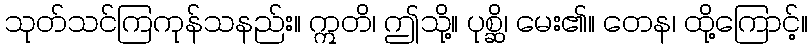
သုတ်သင်ကြကုန်သနည်း။ ဣတိ၊ ဤသို့။ ပုစ္ဆိ၊ မေး၏။ တေန၊ ထို့ကြောင့်။